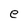
Character: e